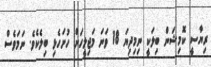
ރިޔާސީ ކޮމިޝަން ބިލަކީ ނިމިދިޔަ 18 ވަނަ މަޖިލީހަށް ހުށަހެޅި ބިލެކެވެ. ނަމަވެސް